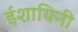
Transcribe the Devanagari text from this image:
ईशायिनी